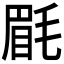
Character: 𣮮